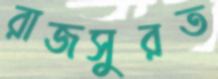
রাজসুরত